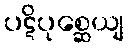
ပဋိပုစ္ဆေယျ